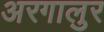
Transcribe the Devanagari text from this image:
अरगालुर